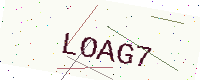
Text: LOAG7